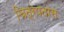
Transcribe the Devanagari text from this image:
चित्रपतास